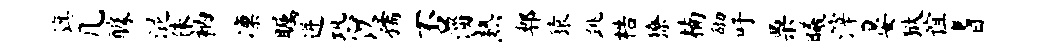
旗几醵混侏衲凛瞩迸恐以孺否淄熟郫猿跳梏獠楠砌吁栗曦滓晏狱谊耆